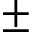
\pm